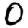
Digit: 0